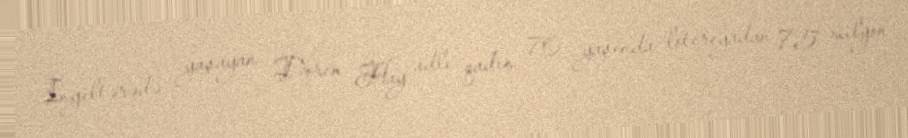
İngiltərədə yaşayan Doren Hay adlı qadın 70 yaşında lotereyadan 7,5 milyon